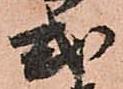
式